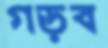
গড়ব